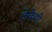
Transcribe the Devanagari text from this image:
जेकेपी